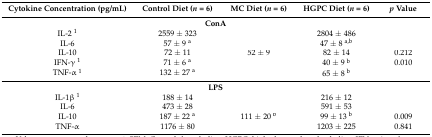
<table><thead><tr><td><b>Cytokine Concentration (pg/mL)</b></td><td><b>Control Diet (<i>n</i> = 6)</b></td><td><b>MC Diet (<i>n</i> = 6)</b></td><td><b>HGPC Diet (<i>n</i> = 6)</b></td><td><b><i>p</i> Value</b></td></tr></thead><tbody><tr><td colspan="5"><b>ConA</b></td></tr><tr><td>IL-2 <sup>1</sup></td><td>2559 ± 323</td><td>[EMPTY_CELL]</td><td>2804 ± 486</td><td>[EMPTY_CELL]</td></tr><tr><td>IL-6</td><td>57 ± 9 <sup>a</sup></td><td>[EMPTY_CELL]</td><td>47 ± 8 <sup>a,b</sup></td><td>[EMPTY_CELL]</td></tr><tr><td>IL-10</td><td>72 ± 11</td><td>52 ± 9</td><td>82 ± 14</td><td>0.212</td></tr><tr><td>IFN-γ <sup>1</sup></td><td>71 ± 6 <sup>a</sup></td><td>[EMPTY_CELL]</td><td>40 ± 9 <sup>b</sup></td><td>0.010</td></tr><tr><td>TNF-α <sup>1</sup></td><td>132 ± 27 <sup>a</sup></td><td>[EMPTY_CELL]</td><td>65 ± 8 <sup>b</sup></td><td>[EMPTY_CELL]</td></tr><tr><td colspan="5"><b>LPS</b></td></tr><tr><td>IL-1β <sup>1</sup></td><td>188 ± 14</td><td>[EMPTY_CELL]</td><td>216 ± 12</td><td>[EMPTY_CELL]</td></tr><tr><td>IL-6</td><td>473 ± 28</td><td>[EMPTY_CELL]</td><td>591 ± 53</td><td>[EMPTY_CELL]</td></tr><tr><td>IL-10</td><td>187 ± 22 <sup>a</sup></td><td>111 ± 20 <sup>b</sup></td><td>99 ± 13 <sup>b</sup></td><td>0.009</td></tr><tr><td>TNF-α</td><td>1176 ± 80</td><td>[EMPTY_CELL]</td><td>1203 ± 225</td><td>0.841</td></tr></tbody></table>